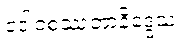
ဒေါဝစဿတာနိဒ္ဒေသ။